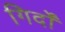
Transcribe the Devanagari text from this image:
गिर्दों